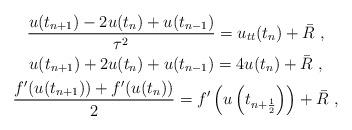
LaTeX: \begin{gather*}\frac{u(t_{n+1}) -2 u(t_n) + u(t_{n-1})}{\tau^2} = u_{tt}(t_n) + \bar{R} \ , \\u(t_{n+1}) + 2 u(t_n) + u(t_{n-1}) = 4 u(t_n) + \bar{R} \ ,\\\frac{f'(u(t_{n + 1})) + f'(u(t_{n})) }{2} = f' \left( u \left( t_{n + \frac{1}{2}} \right) \right) + \bar{R} \ ,\end{gather*}